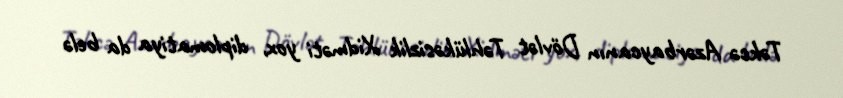
Təkcə Azərbaycanın Dövlət Təhlükəsizlik Xidməti yox, diplomatiya da belə